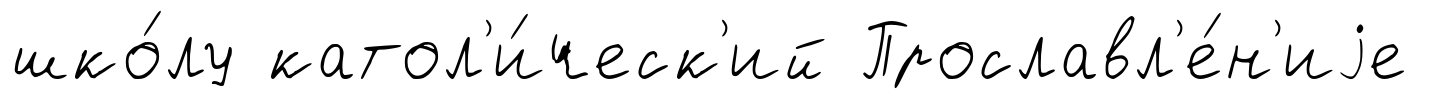
шко́лу катол'и́ческ'ий Прославл'е́н'иjе